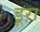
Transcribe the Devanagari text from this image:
डूरा